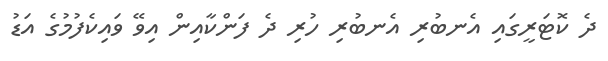
ދެ ކޮޓަރީގައި އެނބުރި އެނބުރި ހުރި ދެ ފަންކާއިން އިވޭ ވައިކެފުމުގެ އަޑު